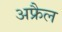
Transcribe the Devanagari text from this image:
अफ्रैल